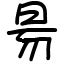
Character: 昜